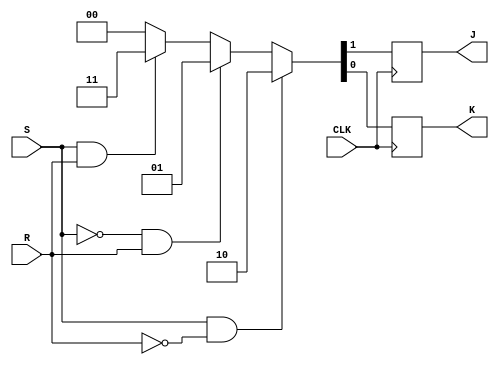

module SR_to_JK (
    input S, R, CLK,
    output reg J, K
);

always @(posedge CLK) begin
    if (S && !R)
        {J, K} <= {1'b1, 1'b0}; // Set condition
    else if (!S && R)
        {J, K} <= {1'b0, 1'b1}; // Reset condition
    else if (S && R)
        {J, K} <= {1'b1, 1'b1}; // Invalid condition
    else
        {J, K} <= {1'b0, 1'b0}; // Hold state
end

endmodule